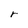
Character: r